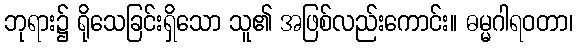
ဘုရား၌ ရိုသေခြင်းရှိသော သူ၏ အဖြစ်လည်းကောင်း။ ဓမ္မဂါရဝတာ၊